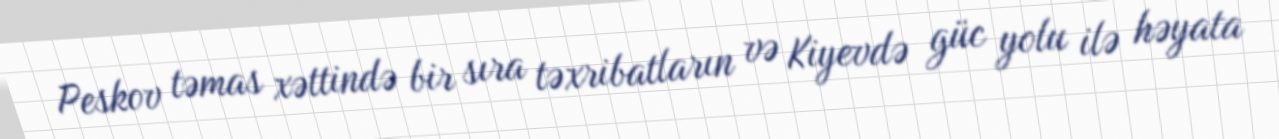
Peskov təmas xəttində bir sıra təxribatların və Kiyevdə güc yolu ilə həyata